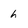
Character: h